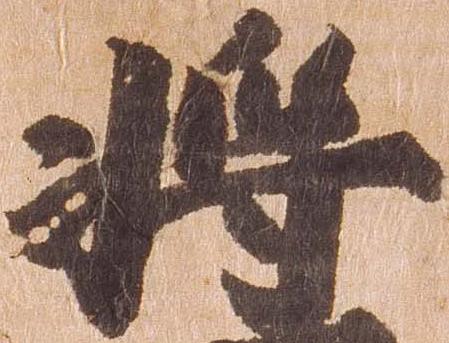
将